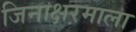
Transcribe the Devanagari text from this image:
जिनाक्षरमाला